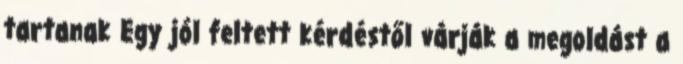
tartanak Egy jól feltett kérdéstől várják a megoldást a